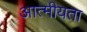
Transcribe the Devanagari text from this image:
आत्‍मीयता